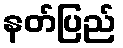
နတ်ပြည်